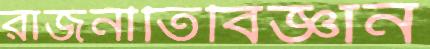
রাজনীতিবিজ্ঞান